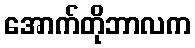
အောက်တိုဘာလက